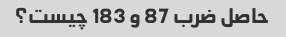
حاصل ضرب 87 و 183 چیست؟